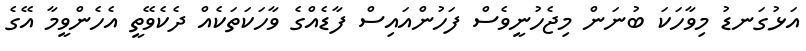
އަޅުގަނޑު މިވާހަކަ ބުނަން މިޖެހުނީވެސް ފަހުންއައިސް ފާޑެއްގެ ވާހަކަތަކެއް ދެކެވޭތީ އެހެންވީމާ އޭގެ